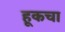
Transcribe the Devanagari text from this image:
हूकचा